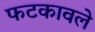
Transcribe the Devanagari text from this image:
फटकावले